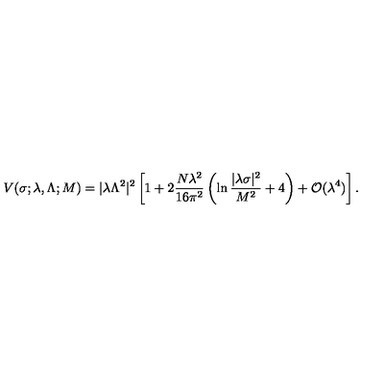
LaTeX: V ( \sigma ; \lambda , \Lambda ; M ) = | \lambda \Lambda ^ { 2 } | ^ { 2 } \left[ 1 + 2 \frac { N \lambda ^ { 2 } } { 1 6 \pi ^ { 2 } } \left( \ln \frac { | \lambda \sigma | ^ { 2 } } { M ^ { 2 } } + 4 \right) + { \cal O } ( \lambda ^ { 4 } ) \right] .